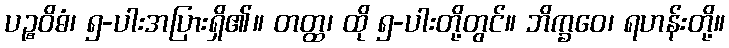
ပဉ္စဝိဓံ၊ ၅-ပါးအပြားရှိ၏။ တတ္ထ၊ ထို ၅-ပါးတို့တွင်။ ဘိက္ခဝေ၊ ရဟန်းတို့။